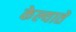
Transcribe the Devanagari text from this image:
केल्यातें